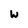
Character: w